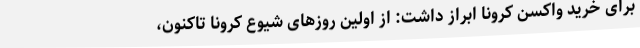
برای خرید واکسن کرونا ابراز داشت: از اولین روزهای شیوع کرونا تاکنون،